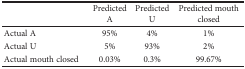
<table><thead><tr><td></td><td><b>Predicted A</b></td><td><b>Predicted U</b></td><td><b>Predicted mouth closed</b></td></tr></thead><tbody><tr><td>Actual A</td><td>95%</td><td>4%</td><td>1%</td></tr><tr><td>Actual U</td><td>5%</td><td>93%</td><td>2%</td></tr><tr><td>Actual mouth closed</td><td>0.03%</td><td>0.3%</td><td>99.67%</td></tr></tbody></table>